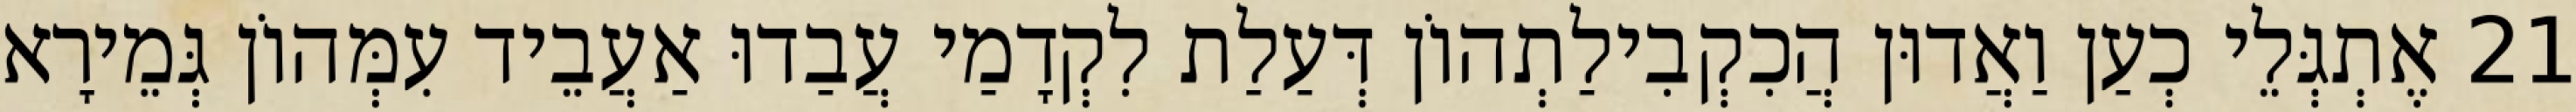
21 אֶתְגְּלֵי כְעַן וַאֲדוּן הֲכִקְבִילַתְהוֹן דְּעַלַת לִקְדָמַי עֲבַדוּ אַעֲבֵיד עִמְּהוֹן גְּמֵירָא